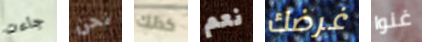
جاءت نحن كذلك نعم غرضك غنوا